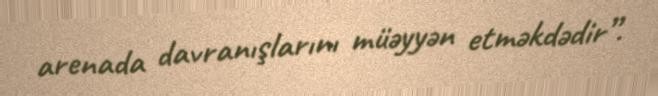
arenada davranışlarını müəyyən etməkdədir”.